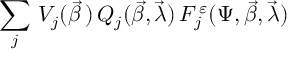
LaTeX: \sum _ { j } \, V _ { j } ( \vec { \beta } \, ) \, Q _ { j } ( \vec { \beta } , \vec { \lambda } ) \, F _ { j } ^ { \, \varepsilon } ( \Psi , \vec { \beta } , \vec { \lambda } )